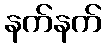
နက်နက်